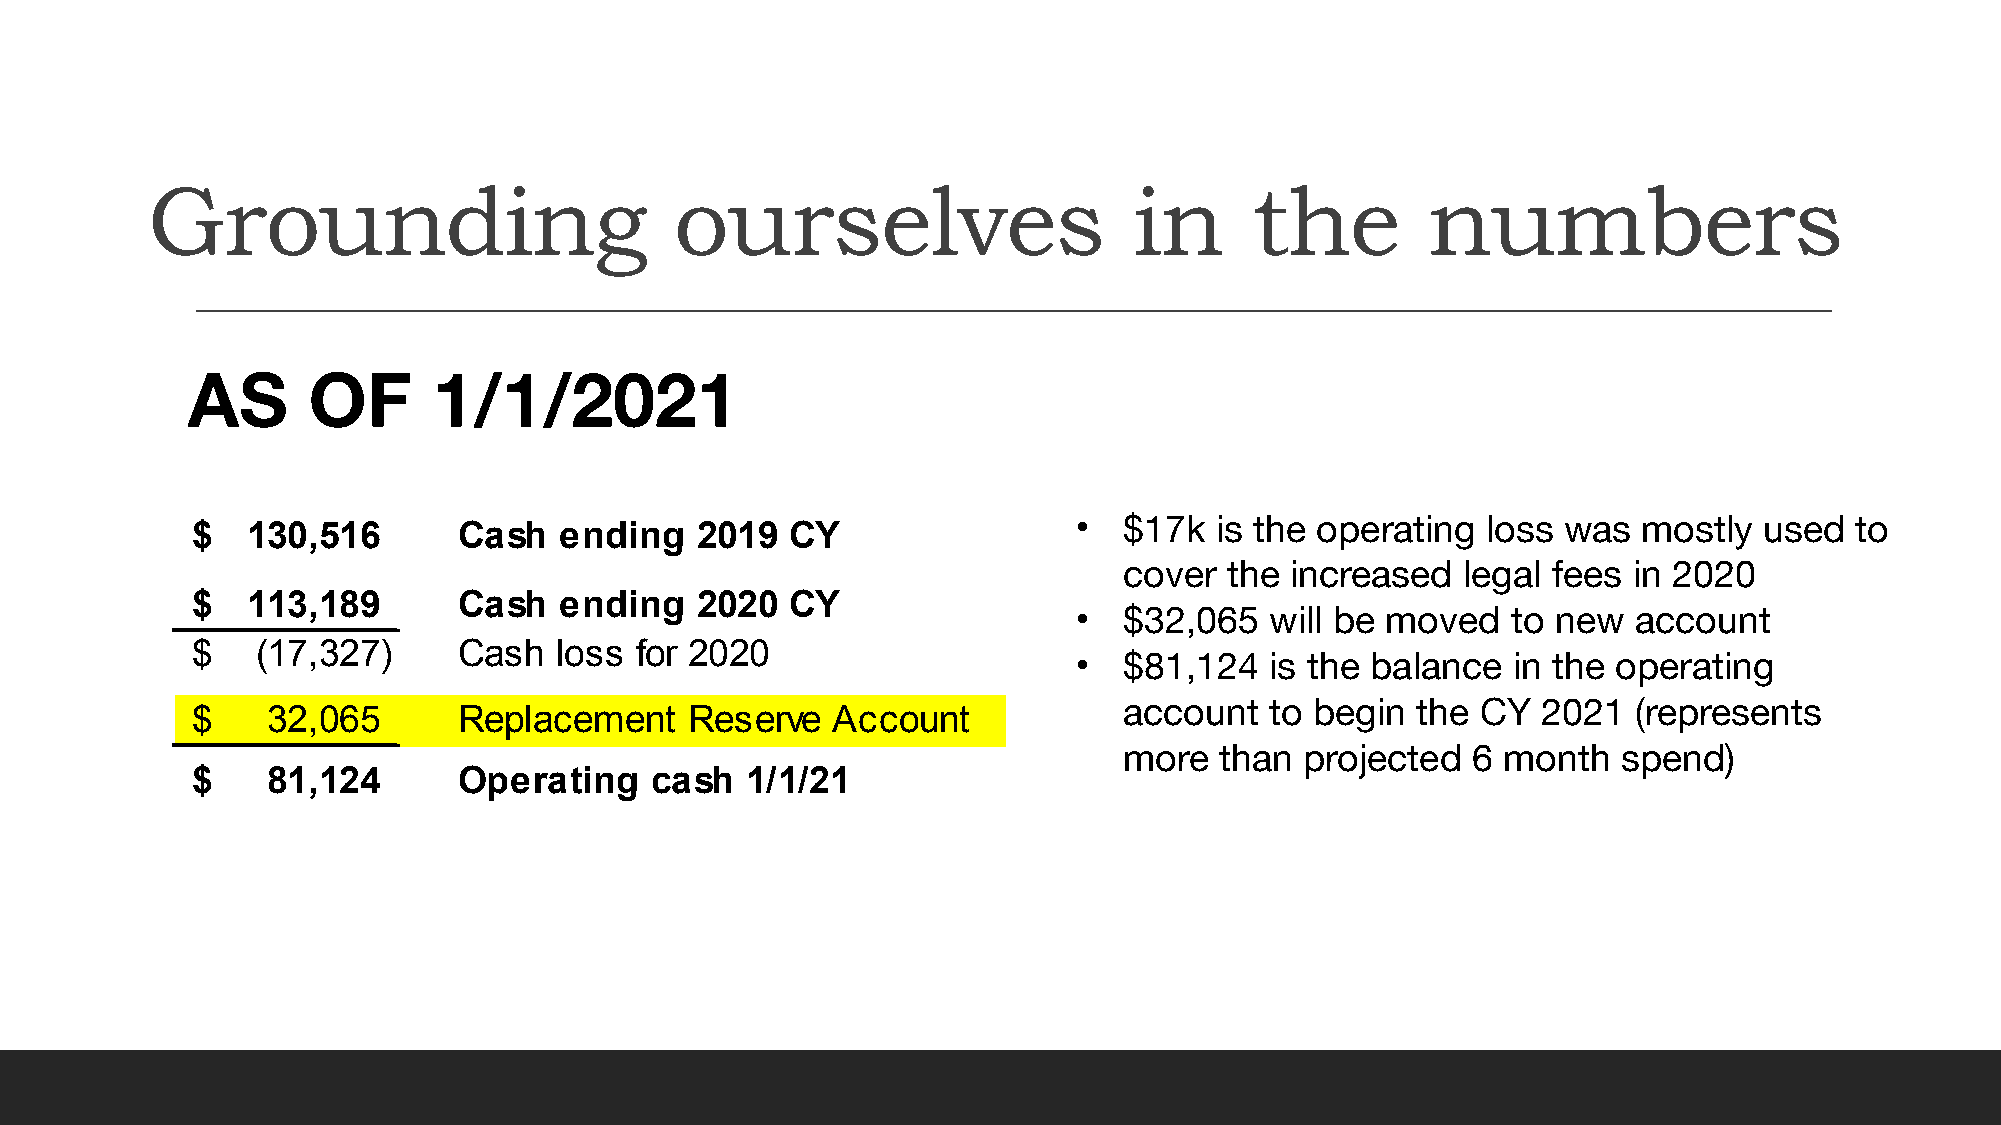
Grounding                          ourselves                     in      the        numbers
 AS      OF       1/1/2021
 $  1 30,516      Cash   ending   2019  CY                 •  $17k  is the operating  loss was   mostly  used  to
 cover  the increased   legal fees in 2020
 $  1 13,189      Cash   ending   2020  CY
 •  $32,065   will be moved   to new  account
 $   (17,327)     Cash   loss for 2020
 •  $81,124   is the balance  in the operating
 account   to begin  the CY  2021  (represents
 $    32,065      Replacement     Reserve  Account
 more   than projected  6 month   spend)
 $    81,124      Operating    cash  1/1/21